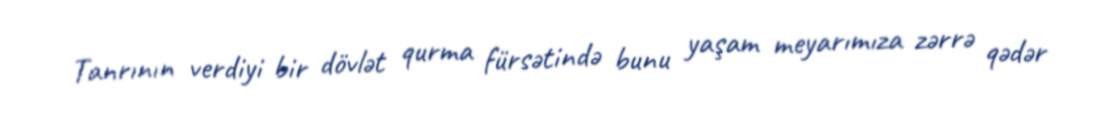
Tanrının verdiyi bir dövlət qurma fürsətində bunu yaşam meyarımıza zərrə qədər